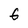
Character: f